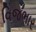
વિજભાર